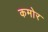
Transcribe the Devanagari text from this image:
कमोर